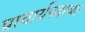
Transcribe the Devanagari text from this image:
प्राचार्यपदाच्या